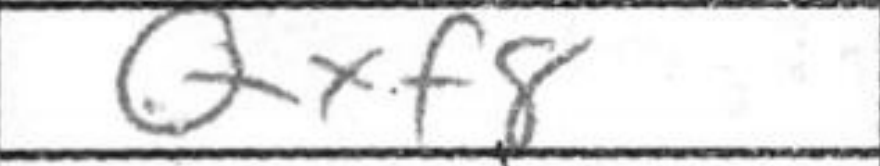
Transcription: Qxf8